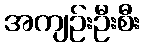
အကျဉ်းဦးစီး